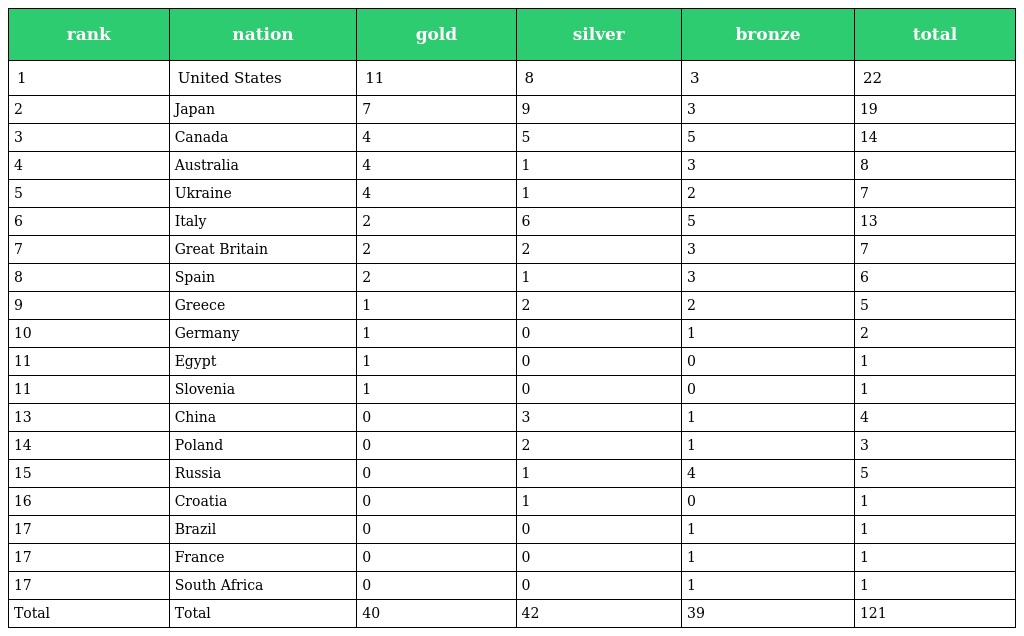
| rank | nation | gold | silver | bronze | total |
 | --- | --- | --- | --- | --- | --- |
 | 1 | United States | 11 | 8 | 3 | 22 |
 | 2 | Japan | 7 | 9 | 3 | 19 |
 | 3 | Canada | 4 | 5 | 5 | 14 |
 | 4 | Australia | 4 | 1 | 3 | 8 |
 | 5 | Ukraine | 4 | 1 | 2 | 7 |
 | 6 | Italy | 2 | 6 | 5 | 13 |
 | 7 | Great Britain | 2 | 2 | 3 | 7 |
 | 8 | Spain | 2 | 1 | 3 | 6 |
 | 9 | Greece | 1 | 2 | 2 | 5 |
 | 10 | Germany | 1 | 0 | 1 | 2 |
 | 11 | Egypt | 1 | 0 | 0 | 1 |
 | 11 | Slovenia | 1 | 0 | 0 | 1 |
 | 13 | China | 0 | 3 | 1 | 4 |
 | 14 | Poland | 0 | 2 | 1 | 3 |
 | 15 | Russia | 0 | 1 | 4 | 5 |
 | 16 | Croatia | 0 | 1 | 0 | 1 |
 | 17 | Brazil | 0 | 0 | 1 | 1 |
 | 17 | France | 0 | 0 | 1 | 1 |
 | 17 | South Africa | 0 | 0 | 1 | 1 |
 | Total | Total | 40 | 42 | 39 | 121 |